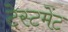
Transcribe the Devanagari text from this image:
टेस्टमेंट